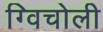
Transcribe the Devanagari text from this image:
ग्विचोली